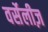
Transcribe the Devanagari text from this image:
वर्सेलीज़